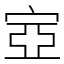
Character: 㝞